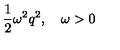
{ \frac { 1 } { 2 } } \omega ^ { 2 } q ^ { 2 } , \quad \omega > 0